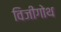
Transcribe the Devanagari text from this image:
विजीगोथ